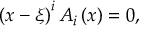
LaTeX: \left( { x - \xi } \right) ^ { i } A _ { i } \left( x \right) = 0 ,